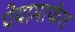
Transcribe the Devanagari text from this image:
पेयामार्फत